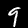
Digit: 9